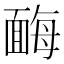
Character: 䩈